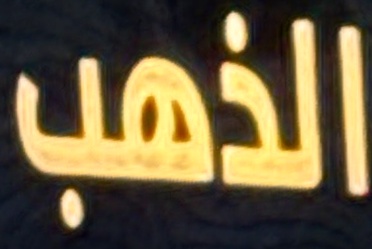
الذهب